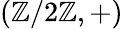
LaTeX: (\mathbb{Z}/2\mathbb{Z},+)